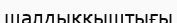
шалдыққыштығы